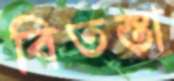
বিতস্তা